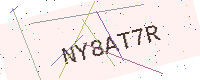
Text: NY8AT7R